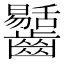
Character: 𪙶